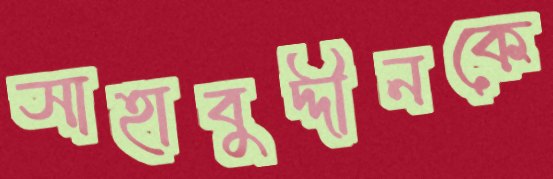
সাহাবুদ্দীনকে